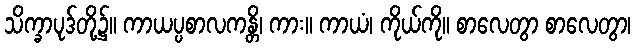
သိက္ခာပုဒ်တို့၌။ ကာယပ္ပစာလကန္တိ၊ ကား။ ကာယံ၊ ကိုယ်ကို။ စာလေတွာ စာလေတွာ၊